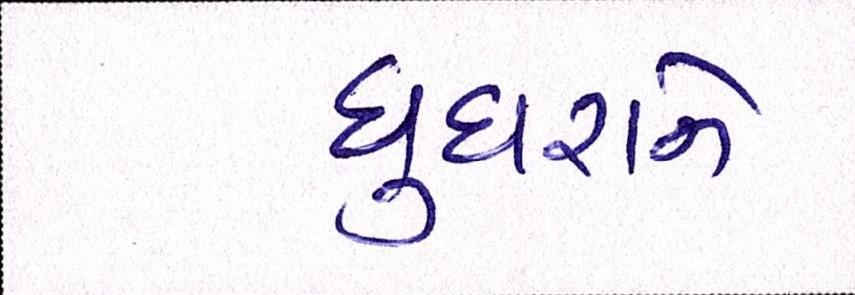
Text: ઘુઘરાને